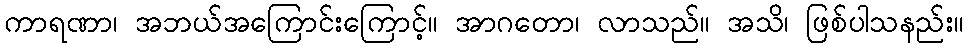
ကာရဏာ၊ အဘယ်အကြောင်းကြောင့်။ အာဂတော၊ လာသည်။ အသိ၊ ဖြစ်ပါသနည်း။